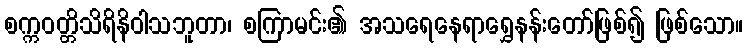
စက္ကဝတ္တိသိရိနိဝါသဘူတာ၊ စကြာမင်း၏ အသရေနေရာရွှေနန်းတော်ဖြစ်၍ ဖြစ်သော။